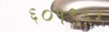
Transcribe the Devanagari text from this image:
६०१९६५